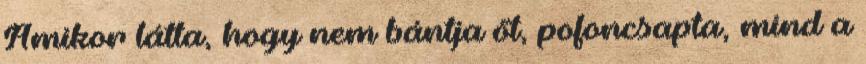
Amikor látta, hogy nem bántja őt, pofoncsapta, mind a